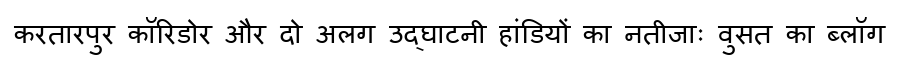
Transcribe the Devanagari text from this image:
करतारपुर कॉरिडोर और दो अलग उद्घाटनी हांडियों का नतीजाः वुसत का ब्लॉग